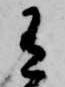
有